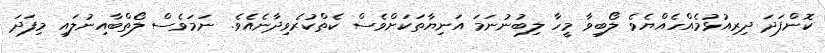
ކޮންފަދަ ދިރިއުޅުމެއްހެއްޔެވެ ލޯބިވާ މީހާ ލިބުނުނަމަ އަނިޔާތަކަށްވެސް ކެތްކުރެވިދާނެއެވެ. ނަމަވެސް ލޯތްބާއިނުލައި މިފަދަ